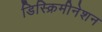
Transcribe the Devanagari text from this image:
डिस्क्रिमीनेशन